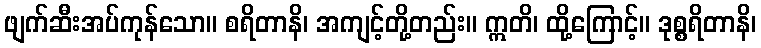
ဖျက်ဆီးအပ်ကုန်သော။ စရိတာနိ၊ အကျင့်တို့တည်း။ ဣတိ၊ ထို့ကြောင့်။ ဒုစ္စရိတာနိ၊